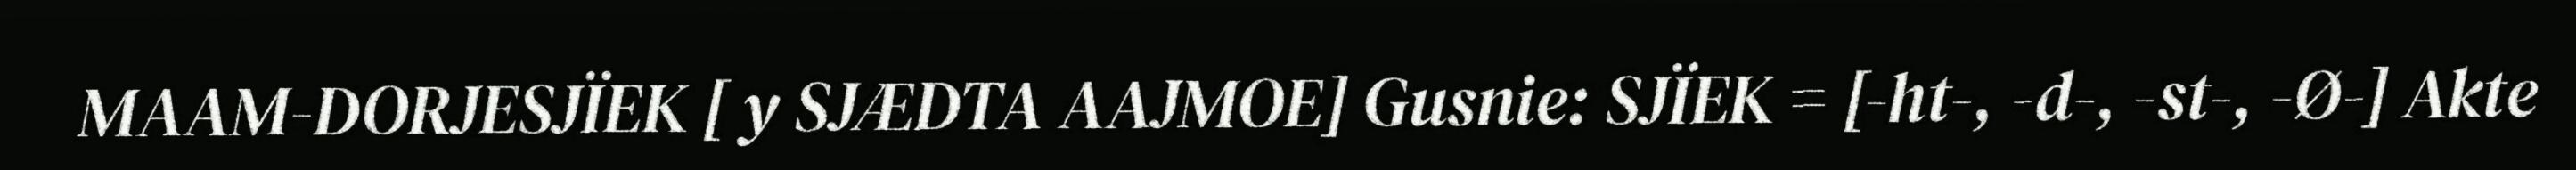
MAAM-DORJESJÏEK [ y SJÆDTA AAJMOE] Gusnie: SJÏEK = [-ht-, -d-, -st-, -Ø-] Akte